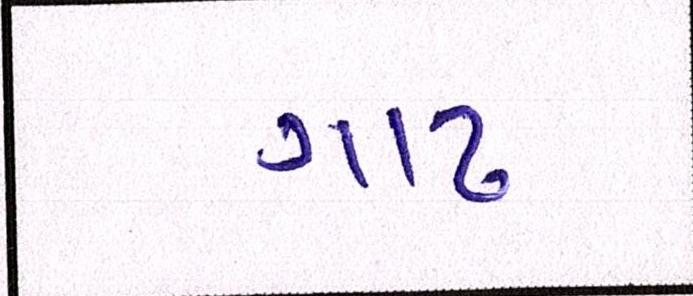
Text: ગાઢ